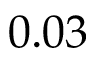
0 . 0 3